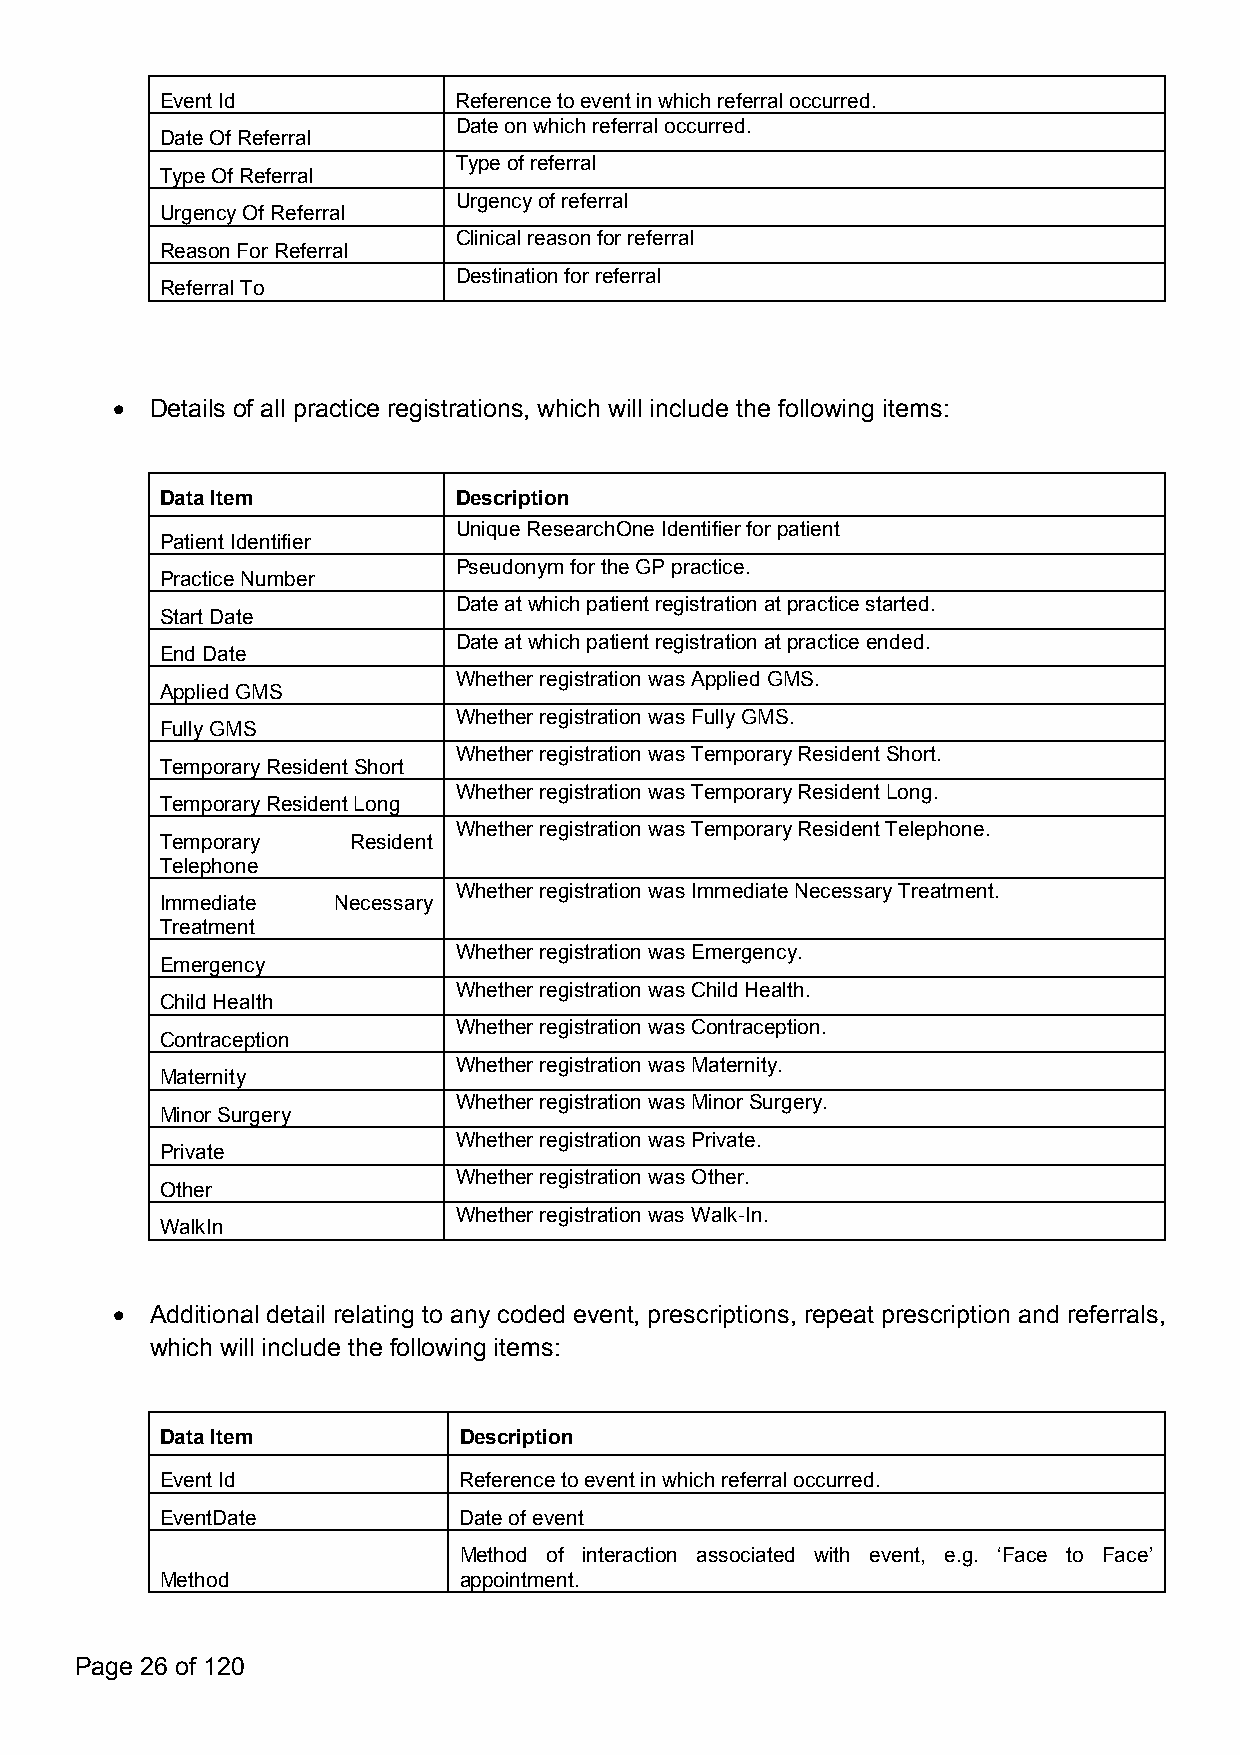
EventId            Referencetoeventinwhichreferraloccurred.
 Dateonwhichreferraloccurred.
 DateOfReferral
 Typeofreferral
 TypeOfReferral
 Urgencyofreferral
 UrgencyOfReferral
 Clinicalreasonforreferral
 ReasonForReferral
 Destinationforreferral
 ReferralTo
   Details of all practice registrations, which will include the following items:
 DataItem           Description
 UniqueResearchOneIdentifierforpatient
 PatientIdentifier
 PseudonymfortheGPpractice.
 PracticeNumber
 Dateatwhichpatientregistrationatpracticestarted.
 StartDate
 Dateatwhichpatientregistrationatpracticeended.
 EndDate
 WhetherregistrationwasAppliedGMS.
 AppliedGMS
 WhetherregistrationwasFullyGMS.
 FullyGMS
 WhetherregistrationwasTemporaryResidentShort.
 TemporaryResidentShort
 WhetherregistrationwasTemporaryResidentLong.
 TemporaryResidentLong
 WhetherregistrationwasTemporaryResidentTelephone.
 Temporary   Resident
 Telephone
 WhetherregistrationwasImmediateNecessaryTreatment.
 Immediate  Necessary
 Treatment
 WhetherregistrationwasEmergency.
 Emergency
 WhetherregistrationwasChildHealth.
 ChildHealth
 WhetherregistrationwasContraception.
 Contraception
 WhetherregistrationwasMaternity.
 Maternity
 WhetherregistrationwasMinorSurgery.
 MinorSurgery
 WhetherregistrationwasPrivate.
 Private
 WhetherregistrationwasOther.
 Other
 WhetherregistrationwasWalk-In.
 WalkIn
   Additional detail relating to any coded event, prescriptions, repeat prescription and referrals,
 which will include the following items:
 DataItem           Description
 EventId            Referencetoeventinwhichreferraloccurred.
 EventDate          Dateofevent
 Method of interaction associated with event, e.g. ‘Face to Face’
 Method             appointment.
 Page 26 of 120